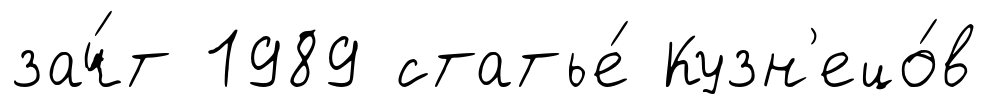
зач́т 1989 статье́ Кузн'ецо́в